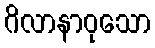
ဂိလာနာဝုသော